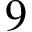
9